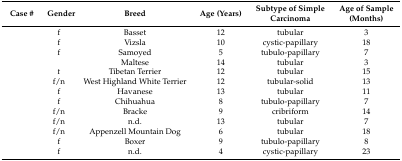
<table><thead><tr><td><b>Case #</b></td><td><b>Gender</b></td><td><b>Breed</b></td><td><b>Age (Years)</b></td><td><b>Subtype of Simple Carcinoma</b></td><td><b>Age of Sample (Months)</b></td></tr></thead><tbody><tr><td>[EMPTY_CELL]</td><td>f</td><td>Basset</td><td>12</td><td>tubular</td><td>3</td></tr><tr><td>[EMPTY_CELL]</td><td>f</td><td>Vizsla</td><td>10</td><td>cystic-papillary</td><td>18</td></tr><tr><td>[EMPTY_CELL]</td><td>f</td><td>Samoyed</td><td>5</td><td>tubulo-papillary</td><td>7</td></tr><tr><td>[EMPTY_CELL]</td><td>[EMPTY_CELL]</td><td>Maltese</td><td>14</td><td>tubular</td><td>3</td></tr><tr><td>[EMPTY_CELL]</td><td>f</td><td>Tibetan Terrier</td><td>12</td><td>tubular</td><td>15</td></tr><tr><td>[EMPTY_CELL]</td><td>f/n</td><td>West Highland White Terrier</td><td>12</td><td>tubular-solid</td><td>13</td></tr><tr><td>[EMPTY_CELL]</td><td>f</td><td>Havanese</td><td>13</td><td>tubular</td><td>11</td></tr><tr><td>[EMPTY_CELL]</td><td>f</td><td>Chihuahua</td><td>8</td><td>tubulo-papillary</td><td>7</td></tr><tr><td>[EMPTY_CELL]</td><td>f/n</td><td>Bracke</td><td>9</td><td>cribriform</td><td>14</td></tr><tr><td>[EMPTY_CELL]</td><td>f/n</td><td>n.d.</td><td>13</td><td>tubular</td><td>7</td></tr><tr><td>[EMPTY_CELL]</td><td>f/n</td><td>Appenzell Mountain Dog</td><td>6</td><td>tubular</td><td>18</td></tr><tr><td>[EMPTY_CELL]</td><td>f</td><td>Boxer</td><td>9</td><td>tubulo-papillary</td><td>8</td></tr><tr><td>[EMPTY_CELL]</td><td>f</td><td>n.d.</td><td>4</td><td>cystic-papillary</td><td>23</td></tr></tbody></table>